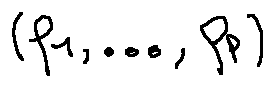
( f _ { 1 } , \ldots , f _ { p } )